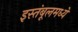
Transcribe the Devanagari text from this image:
इस्तंबूलमध्ये